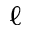
\ell